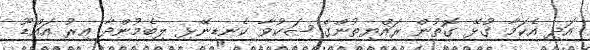
އަދި އެކަމާ ގުޅޭ ގޮތުން ރައްޔިތުންގެ ޝަކުވާ ކެނޑިނޭޅި ލިބެމުންދާ އިރު އައްޑޫ